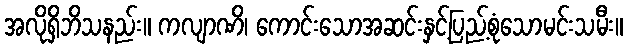
အလိုရှိဘိသနည်း။ ကလျာဏိ၊ ကောင်းသောအဆင်းနှင့်ပြည့်စုံသောမင်းသမီး။